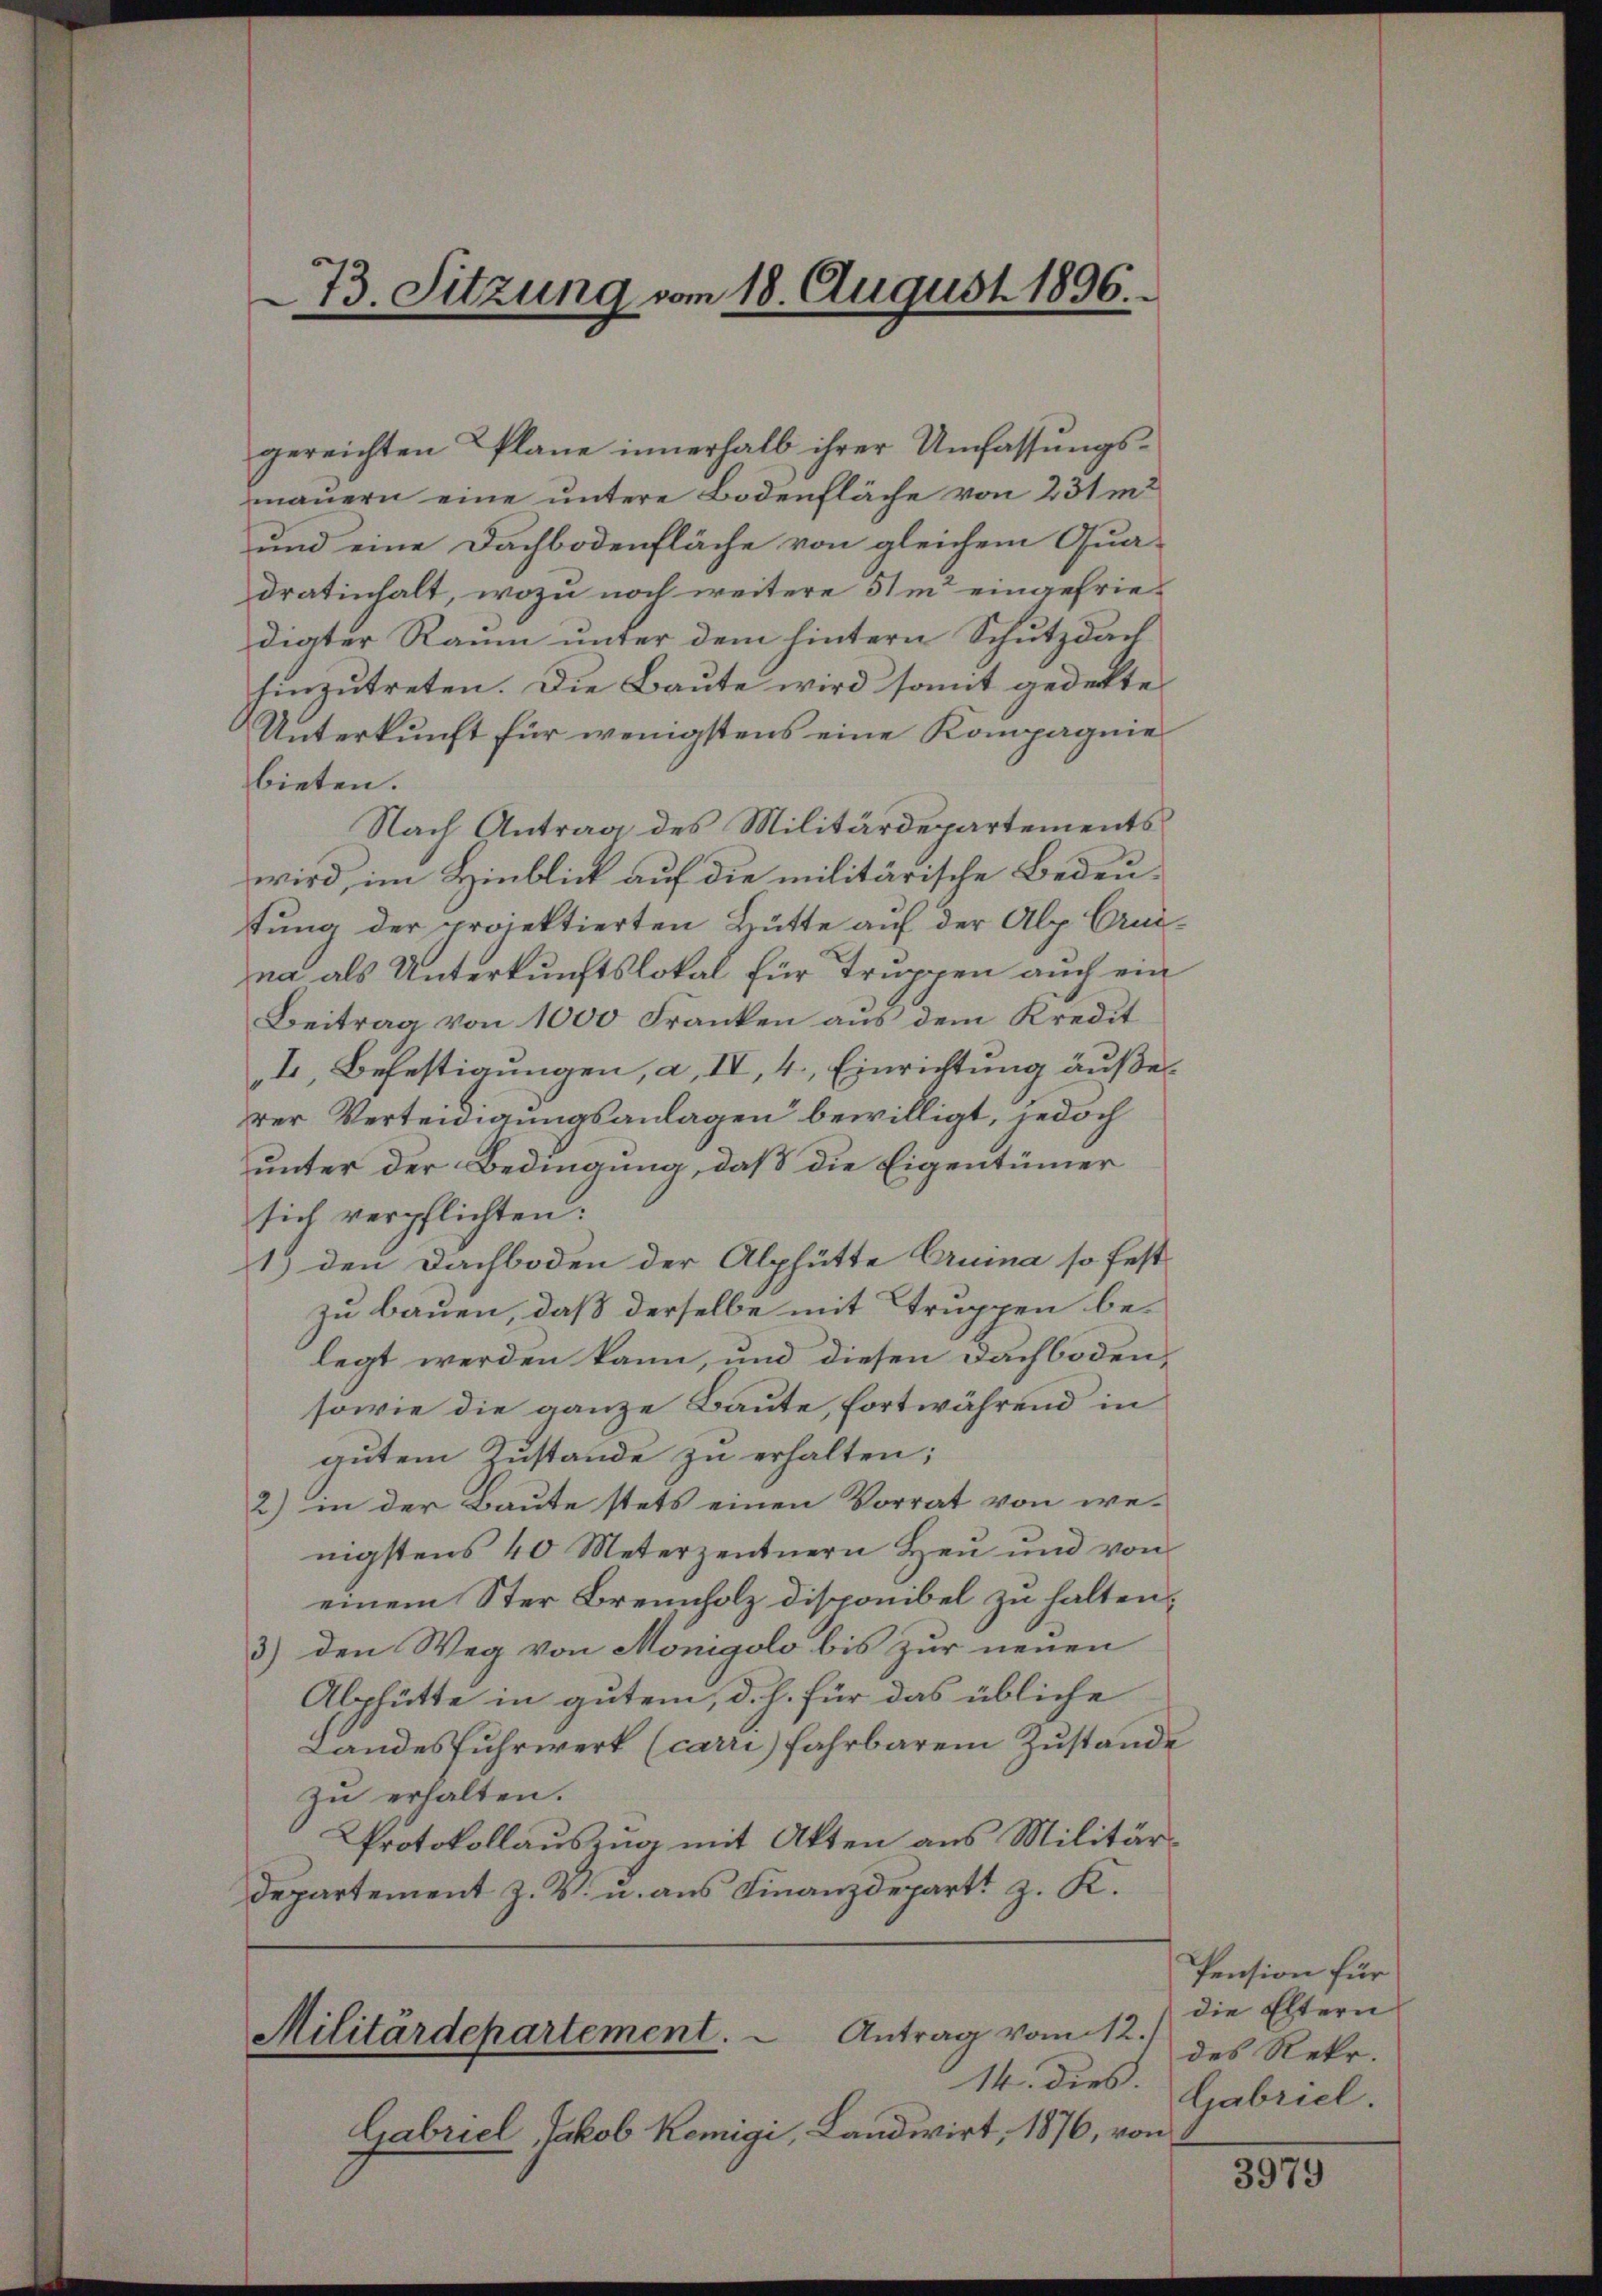
gereichten Plane innerhalb ihrer Umfassungsmauern eine untere Bodenfläche von 231 m2
und eine Dachbodenfläche von gleichem Qua-
dratinhalt, wozu noch weitere 51m eingefriediater Raum unter dem hintern Schutzdach
hinzutreten. Die Baute wird somit gedekte
Unterkunft für wenigstens eine Kompagnie
bieten.
Nach Antrag des Militärdepartements
wird, im Hinblick auf die militärische Bedeutung der projektierten Brütte auf der Alp Crni-
na als Unterkunftslokal für Truppen auch ein
Beitrag von 1000 Franken aus dem Kredit
I, Befestigungen, a, IV, 4, Einrichtung äußerrer Verteidigungsanlagen bewilligt, jedoch
unter der Bedingung, daß die Eigentümer
sich verpflichten:
1) den Dachboden der Alphütte Cruina so fest
zu bauen, daß derselbe mit Ttruppen belegt werden kann, und diesen Dachboden¬
sowie die ganze Baute, fortwährend in
gutem Zustande zu erhalten;
2) in der Baute stets einen Vorrat von we-
nigstens 40 Meterzentnern Heu und von
einem Ster Brennholz disponibel zu halten.
3) den Weg von Monigolo bis zur neuen
Alphütte in gutem, d. J. für das übliche
Landesfuhrwerk (carri) fahrbarem Zustande
zu erhalten.
Protokollauszug mit Akten aus Militärdepartement Z. V. u. aus Finanzdepart z. K.

73. Sitzung vom 18. August 1896.

Antrag vom 12.)
Militärdepartement.

14. dies.
Gabriel, Jakob Remigi, Landwirt, 1876, von

Pension für
die Eltern
des Rekr.
Gabriel.

3979